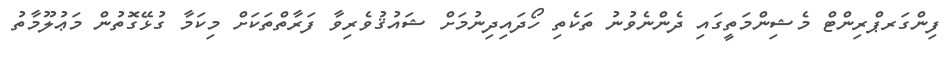
ފިންގަރޕްރިންޓް މެޝިންމަތީގައި ދެންނެވުނު ތަކެތި ހޯދައިދިނުމަށް ޝައުޤުވެރިވާ ފަރާތްތަކަށް މިކަމާ ގުޅޭގޮތުން މަޢުލޫމާތު